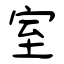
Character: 室